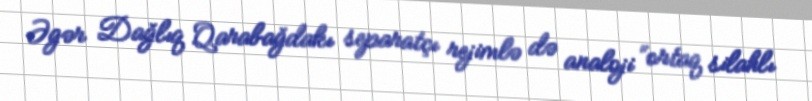
Əgər Dağlıq Qarabağdakı separatçı rejimlə də analoji “ortaq silahlı